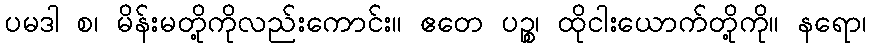
ပမဒါ စ၊ မိန်းမတို့ကိုလည်းကောင်း။ ဧတေ ပဉ္စ၊ ထိုငါးယောက်တို့ကို။ နရော၊